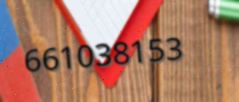
661038153